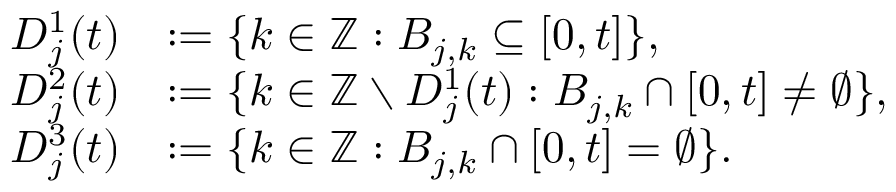
\begin{array} { r l } { D _ { j } ^ { 1 } ( t ) } & { : = \lbrace k \in \mathbb { Z } : B _ { j , k } \subseteq [ 0 , t ] \rbrace , } \\ { D _ { j } ^ { 2 } ( t ) } & { : = \lbrace k \in \mathbb { Z } \setminus D _ { j } ^ { 1 } ( t ) : B _ { j , k } \cap [ 0 , t ] \neq \emptyset \rbrace , } \\ { D _ { j } ^ { 3 } ( t ) } & { : = \lbrace k \in \mathbb { Z } : B _ { j , k } \cap [ 0 , t ] = \emptyset \rbrace . } \end{array}